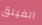
الفيلق